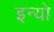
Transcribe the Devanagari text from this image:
इन्यो